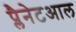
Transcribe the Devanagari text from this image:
प्लैनेटआल